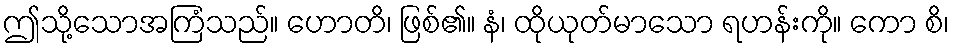
ဤသို့သောအကြံသည်။ ဟောတိ၊ ဖြစ်၏။ နံ၊ ထိုယုတ်မာသော ရဟန်းကို။ ကော စိ၊